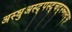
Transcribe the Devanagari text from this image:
अस्धुअस्द्पस्द्चद्स्च्नस्द्फ्